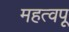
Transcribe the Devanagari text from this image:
महत्वपू